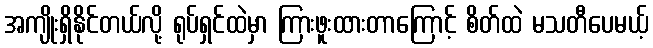
အကျိုးရှိနိုင်တယ်လို့ ရုပ်ရှင်ထဲမှာ ကြားဖူးထားတာကြောင့် စိတ်ထဲ မသတီပေမယ့်